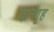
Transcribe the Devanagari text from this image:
दानगृह